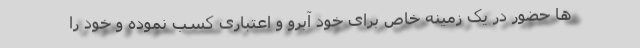
ها حضور در یک زمینه خاص برای خود آبرو و اعتباری کسب نموده و خود را